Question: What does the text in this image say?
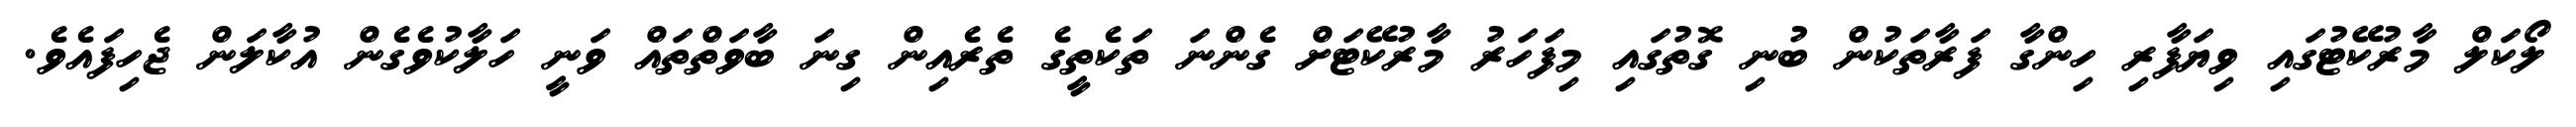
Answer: ލޯކަލް މާރުކޭޓުގައި ވިޔަފާރި ހިންގާ ފަރާތަކުން ބުނި ގޮތުގައި މިފަހަރު މާރުކޭޓަށް ގެންނަ ތަކެތީގެ ތެރެއިން ގިނަ ބާވަތްތައް ވަނީ ހަލާކުވެގެން އުކާލަން ޖެހިފައެވެ.